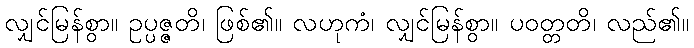
လျှင်မြန်စွာ။ ဥပ္ပဇ္ဇတိ၊ ဖြစ်၏။ လဟုကံ၊ လျှင်မြန်စွာ။ ပဝတ္တတိ၊ လည်၏။